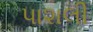
પાશલી